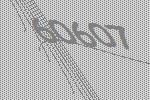
60607